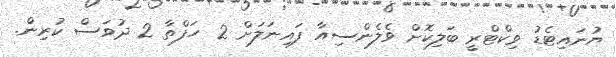
ޔުނައިޓެޑު ވިކްޓްރީ ބަލިކޮށް ވެލެންސިއާ ފައިނަލަށް 2 ހަފްތާ 2 ދުވަސް ކުރިން.